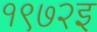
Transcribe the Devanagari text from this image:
१९७२इ